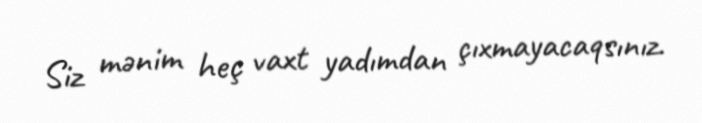
Siz mənim heç vaxt yadımdan çıxmayacaqsınız.